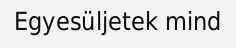
Egyesüljetek mind